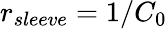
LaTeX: r_{sleeve}=1/C_{0}